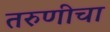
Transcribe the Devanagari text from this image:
तरुणीचा